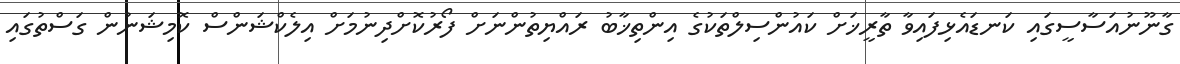
ގާނޫނުއަސާސީގައި ކަނޑައެޅިފައިވާ ތާރީޚަށް ކައުންސިލްތަކުގެ އިންތިޚާބު ރައްޔިތުންނަށް ފޯރުކޮށްދިނުމަށް އިލެކްޝަންސް ކޮމިޝަނުން ގަސްތުގައި